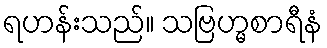
ရဟန်းသည်။ သဗြဟ္မစာရီနံ